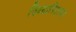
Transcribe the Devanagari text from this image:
विध्यापिठाच्या